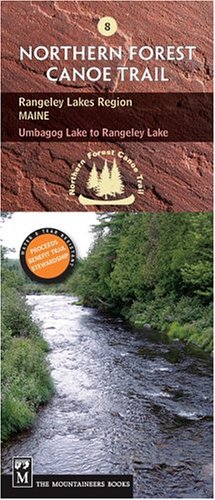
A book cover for Rangeley Lakes Region: Maine, Umbagog Lake to Rangeley Lake-Trail Section 8 (Northern Forest Canoe Trail Maps); Mountaineers Books; Travel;